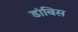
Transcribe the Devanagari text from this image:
डांबिस